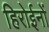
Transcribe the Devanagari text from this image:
हिरोईनों